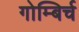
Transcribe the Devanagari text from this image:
गोम्बिर्च